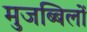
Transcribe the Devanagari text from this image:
मुजब्बिलों